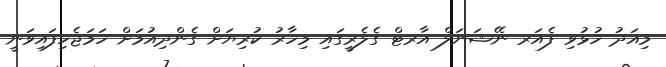
މިއަދު ހުޅުވި ފެއަރ ނޭޝަނަލް އާރޓް ގެލެރީގައި މިހާރުު ކުރިޔަށް ގެންދިއުމަށް ހަމަޖެހިފައިވަނީ